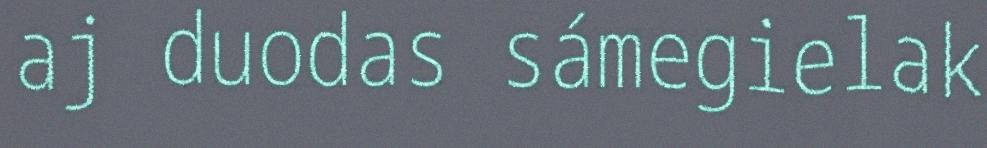
aj duodas sámegielak